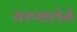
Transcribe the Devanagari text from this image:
यरुशलेमे